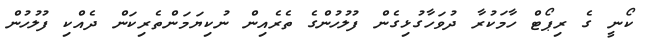
ކޯނީ ގެ ރިޕޯޓް ހާމަކުރާ ދުވަހާގުޅިގެން ފުލުހުންގެ ތެރެއިން ނުކިޔަމަންތެރިކަން ދެއްކި ފުލުހުން